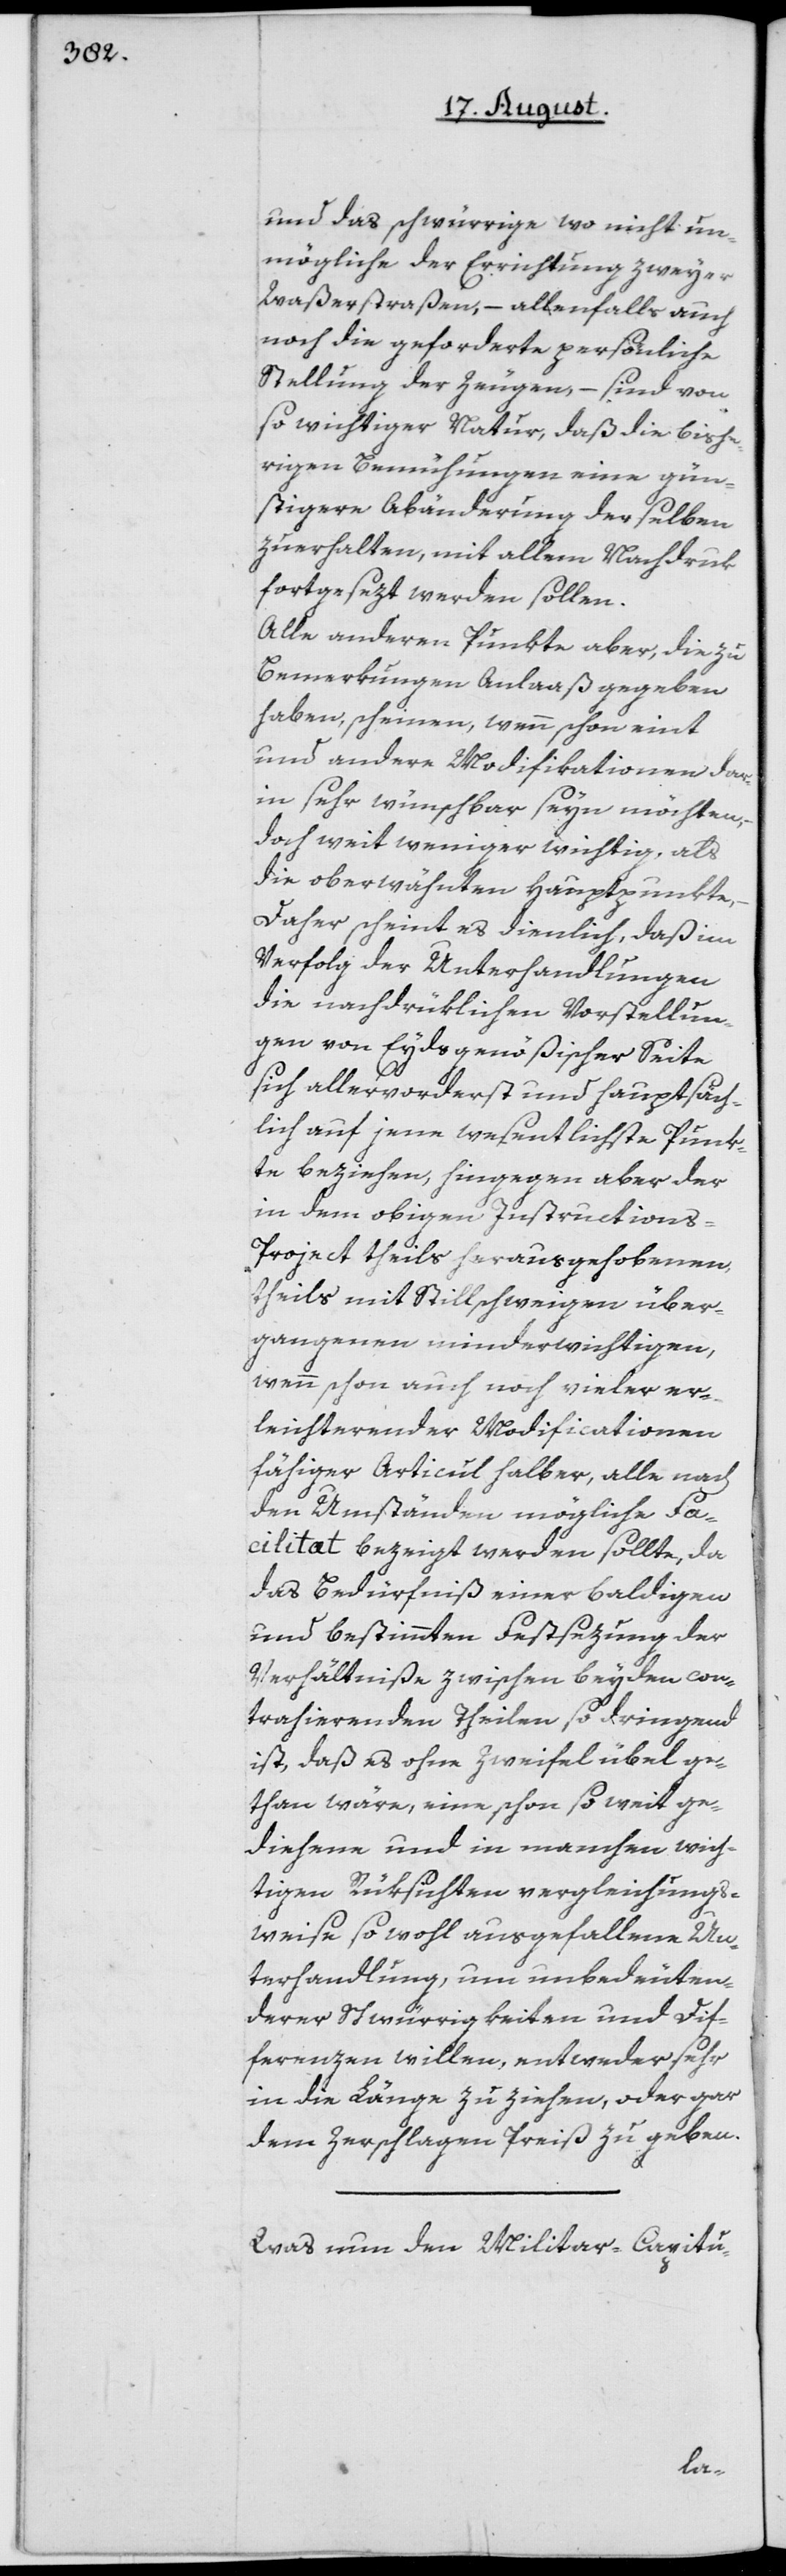
und das schwürrige wo nicht un¬
mögliche der Errichtung zweyer
Waßerstraßen, – allenfalls auch
noch die geforderte persönliche
Stellung der Zeugen, – sind von
so wichtiger Natur, daß die bishe¬
rigen Bemühungen eine gün¬
stigere Abänderung derselben
zuerhalten, mit allem Nachdruk
fortgesezt werden sollen.
Alle anderen Punkte aber, die zu
Bemerkungen Anlaaß gegeben
haben, scheinen, wenn schon eint
und andere Modifikationen dar¬
in sehr wünschbar seyn möchten,
doch weit weniger wichtig, als
die oberwähnten Hauptpunkte.
Daher scheint es dienlich, daß im
Verfolg der Unterhandlungen
die nachdrüklichen Vorstellun¬
gen von Eydsgenößischer Seite
sich allervorderst und hauptsäch¬
lich auf jene wesentlichste Punk¬
te beziehen, hingegen aber der
in dem obigen Instruction¬
s-Project theils herausgehobenen,
theils mit Stillschweigen über¬
gangenen minderwichtigen,
wenn schon auch noch vieler er¬
leichternder Modificationen
fähiger Articul halber, alle nach
den Umständen mögliche Fa¬
cilitæt bezeigt werden sollte, da
das Bedürfniß einer baldigen
und bestimmten Festsezung der
Verhältniße zwischen beyden con¬
trahierenden Theilen so dringend
ist, daß es ohne Zweifel übel ge¬
than wäre, eine schon so weit ge¬
diehene und in manchen wich¬
tigen Rüksichten vergleichungs¬
weise so wohl ausgefallene Un¬
terhandlung, um unbedeuten¬
derer Schwürrigkeiten und Dif¬
ferenzen willen, entweder sehr
in die Länge zu ziehen, oder gar
dem Zerschlagen Preiß zu geben.
Was nun den Militar-Capitu-